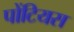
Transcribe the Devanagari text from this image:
पोंटियस